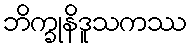
ဘိက္ခုနိဒူသကဿ